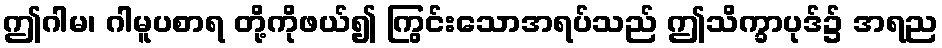
ဤဂါမ၊ ဂါမူပစာရ တို့ကိုဖယ်၍ ကြွင်းသောအရပ်သည် ဤသိက္ခာပုဒ်၌ အရည